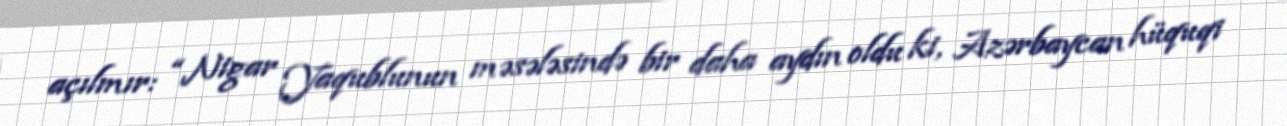
açılmır: “Nigar Yaqublunun məsələsində bir daha aydın oldu ki, Azərbaycan hüquqi